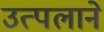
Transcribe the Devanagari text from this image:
उत्पलाने